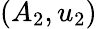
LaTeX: (A_{2},u_{2})